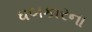
ધબકારના